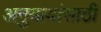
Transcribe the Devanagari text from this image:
अनुयायांसाठी